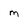
Character: m